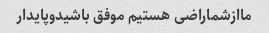
ماازشماراضی هستیم موفق باشیدوپایدار